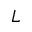
L